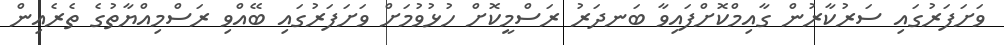
ވަށަފަރުގައި ސަރުކާރުން ގާއިމްކޮށްފައިވާ ބަނދަރު ރަސްމީކޮށް ހުޅުވުމަށް ވަށަފަރުގައި ބޭއްވި ރަސްމިއްޔާތުގެ ތެރެއިން